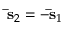
\mathbf { \bar { s } } _ { 2 } = - \mathbf { \bar { s } } _ { 1 }